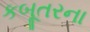
કબૂતરના